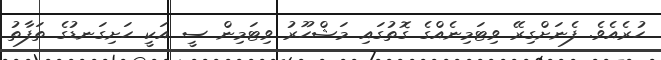
ހުރެއެވެ. ފެނަށްގިރޭ ވިޓަމިނެއްގެ ގޮތުގައި މަޝްހޫރު ވިޓަމިން ސީ އަކީ ހަށިގަނޑުގެ ތަފާތު